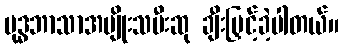
ဗုဒ္ဓဘာသာအမျိုးသမီးဆု ချီးမြှင့်ခဲ့ပါတယ်။